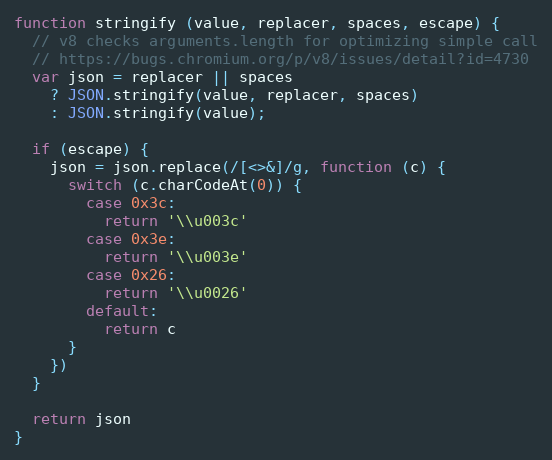
Language: JavaScript
function stringify (value, replacer, spaces, escape) {
  // v8 checks arguments.length for optimizing simple call
  // https://bugs.chromium.org/p/v8/issues/detail?id=4730
  var json = replacer || spaces
    ? JSON.stringify(value, replacer, spaces)
    : JSON.stringify(value);

  if (escape) {
    json = json.replace(/[<>&]/g, function (c) {
      switch (c.charCodeAt(0)) {
        case 0x3c:
          return '\\u003c'
        case 0x3e:
          return '\\u003e'
        case 0x26:
          return '\\u0026'
        default:
          return c
      }
    })
  }

  return json
}